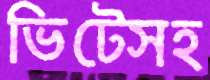
ভিটেসহ